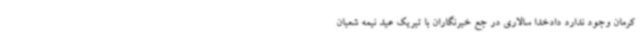
کرمان وجود ندارد دادخدا سالاری در جع خبرنگاران با تبریک عید نیمه شعبان